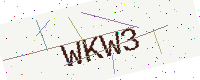
Text: WKW3